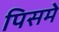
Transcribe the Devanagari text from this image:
पिसमे